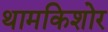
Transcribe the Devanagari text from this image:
थामकिशोर